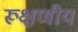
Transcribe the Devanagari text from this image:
रूक्षणीय